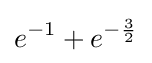
e^{-1}+e^{-{\frac {3}{2}}}